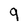
Character: 9